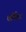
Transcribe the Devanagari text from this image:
थर्मिशर